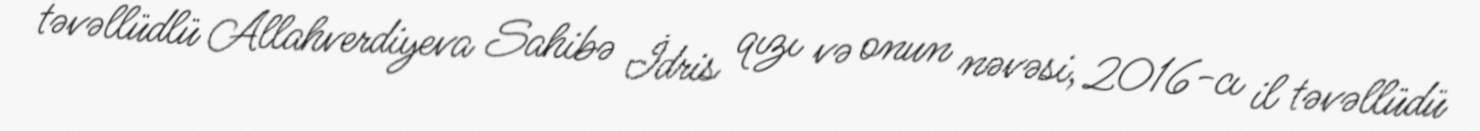
təvəllüdlü Allahverdiyeva Sahibə İdris qızı və onun nəvəsi, 2016-cı il təvəllüdü